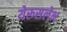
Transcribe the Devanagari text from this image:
येरूसलेभ